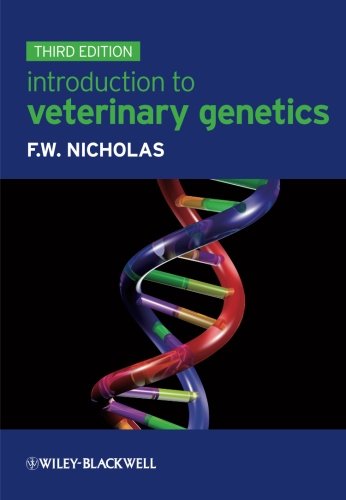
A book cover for Introduction to Veterinary Genetics; Frank W. Nicholas; Medical Books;